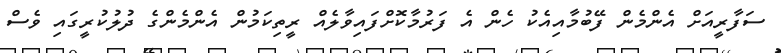
ސަފާރީއަށް އެންމެން ފޭބުމާއިއެކު ހެން އެ ފަރުމާކޮށްފައިވާލެއް ރީތިކަމުން އެންމެންގެ ދުލުކުރީގައި ވެސް